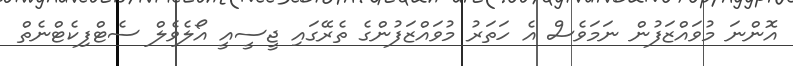
އޮންނަ މުވައްޒަފުން ނަމަވެސް އެ ހަތަރު މުވައްޒަފުންގެ ތެރޭގައި ޖީސީއީ އޯލެވެލް ސެޓްފިކެޓްނެތް